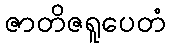
ဇာတိဇရူပေတံ